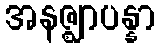
အနဇ္ဈာပန္နာ